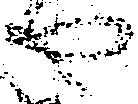
や